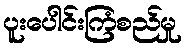
ပူးပေါင်းကြံစည်မှု